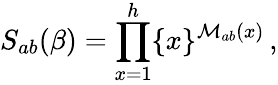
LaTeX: S_{ab}(\beta)=\prod_{x=1}^{h}\{ x\} ^{\mathcal{M}_{ab}(x)}\, ,